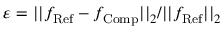
\varepsilon = | | f _ { \mathrm { R e f } } - f _ { \mathrm { C o m p } } | | _ { 2 } / | | f _ { \mathrm { R e f } } | | _ { 2 }